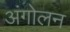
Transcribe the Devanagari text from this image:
अंगोलन